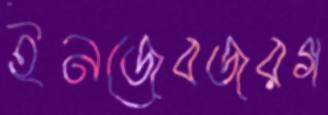
ইনজেবজরগ